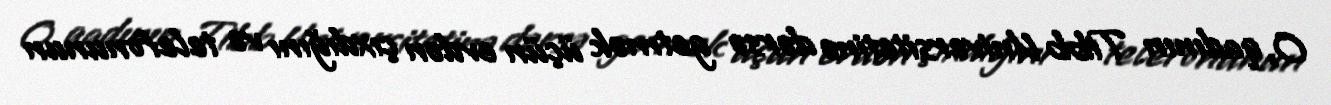
O, qadının Tibb Universitetinə dərsə getmək üçün evdən çıxdığını və telefonunun